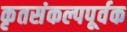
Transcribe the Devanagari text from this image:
कृतसंकल्पपूर्वक